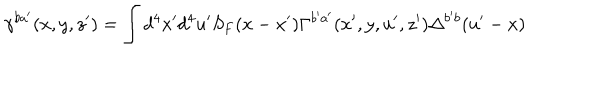
LaTeX: \gamma ^ { b a ^ { \prime } } ( x , y , z ^ { \prime } ) = \int d ^ { 4 } x ^ { \prime } d ^ { 4 } u ^ { \prime } S _ { F } ( x - x ^ { \prime } ) \Gamma ^ { b ^ { \prime } a ^ { \prime } } ( x ^ { \prime } , y , u ^ { \prime } , z ^ { \prime } ) \Delta ^ { b ^ { \prime } b } ( u ^ { \prime } - x )